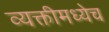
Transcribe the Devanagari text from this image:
व्यक्तीमध्येच